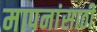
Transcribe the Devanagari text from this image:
मापनांसाठी